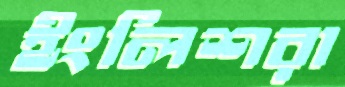
ইংলিশরা